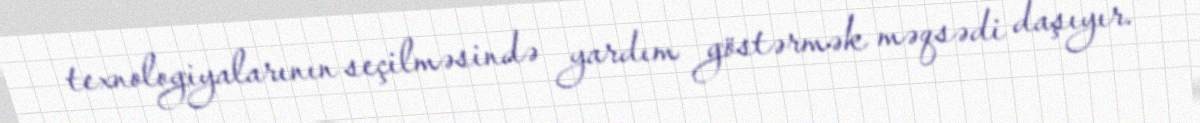
texnologiyalarının seçilməsində yardım göstərmək məqsədi daşıyır.